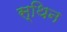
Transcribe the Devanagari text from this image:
स्थिन